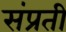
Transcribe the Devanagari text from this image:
संप्रती